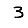
Digit: 3